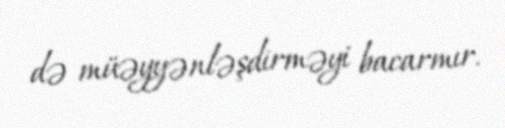
də müəyyənləşdirməyi bacarmır.